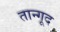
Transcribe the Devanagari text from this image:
तान्गूद